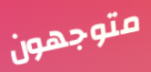
متوجهون